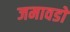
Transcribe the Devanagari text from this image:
जमावडों